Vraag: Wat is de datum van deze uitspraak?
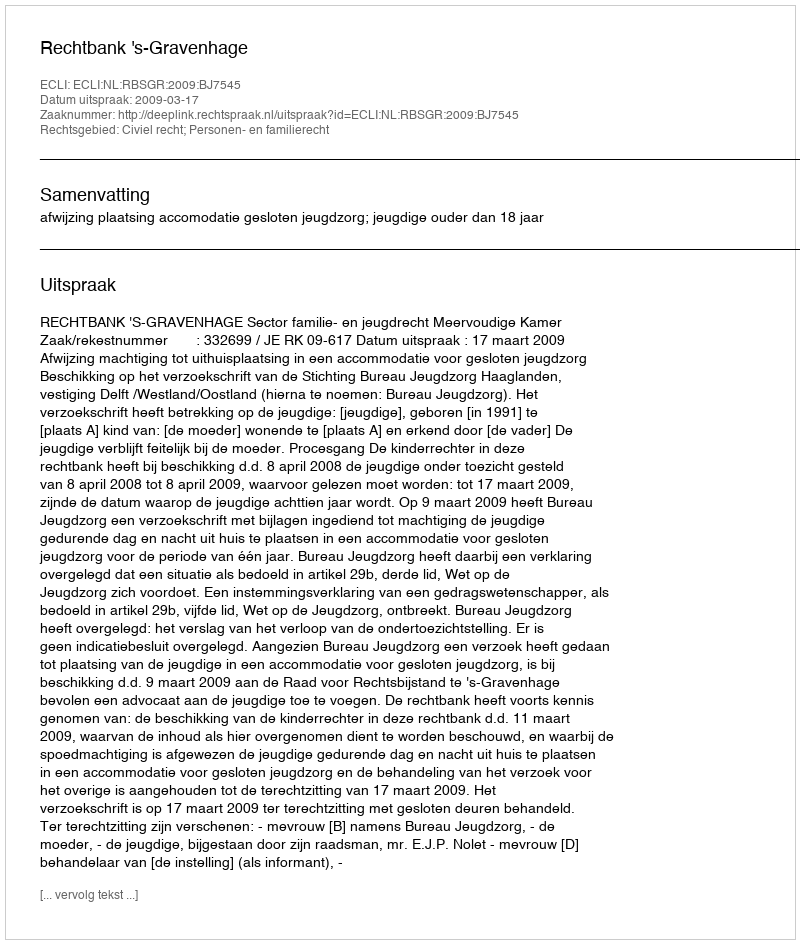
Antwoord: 2009-03-17